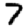
Digit: 7